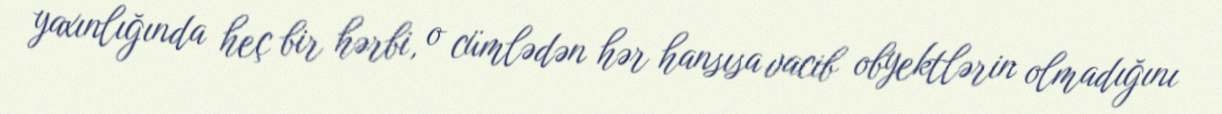
yaxınlığında heç bir hərbi, o cümlədən hər hansısa vacib obyektlərin olmadığını